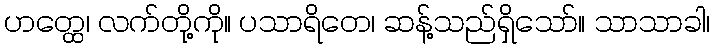
ဟတ္ထေ၊ လက်တို့ကို။ ပသာရိတေ၊ ဆန့်သည်ရှိသော်။ သာသာခါ၊